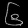
Digit: ၆